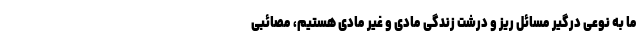
ما به نوعی درگیر مسائل ریز و درشت زندگی مادی و غیر مادی هستیم، مصائبی